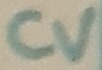
Text: CV